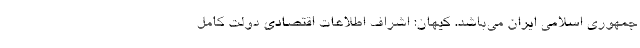
جمهوری اسلامی ایران می‌باشد. کیهان: اشراف اطلاعات اقتصادی دولت کامل